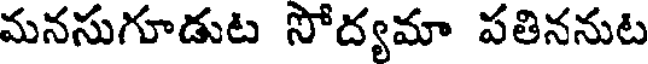
మనసుగూడుట సోద్యమా పతిననుట